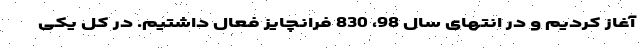
آغاز کردیم و در انتهای سال 98، 830 فرانچایز فعال داشتیم. در کل یکی